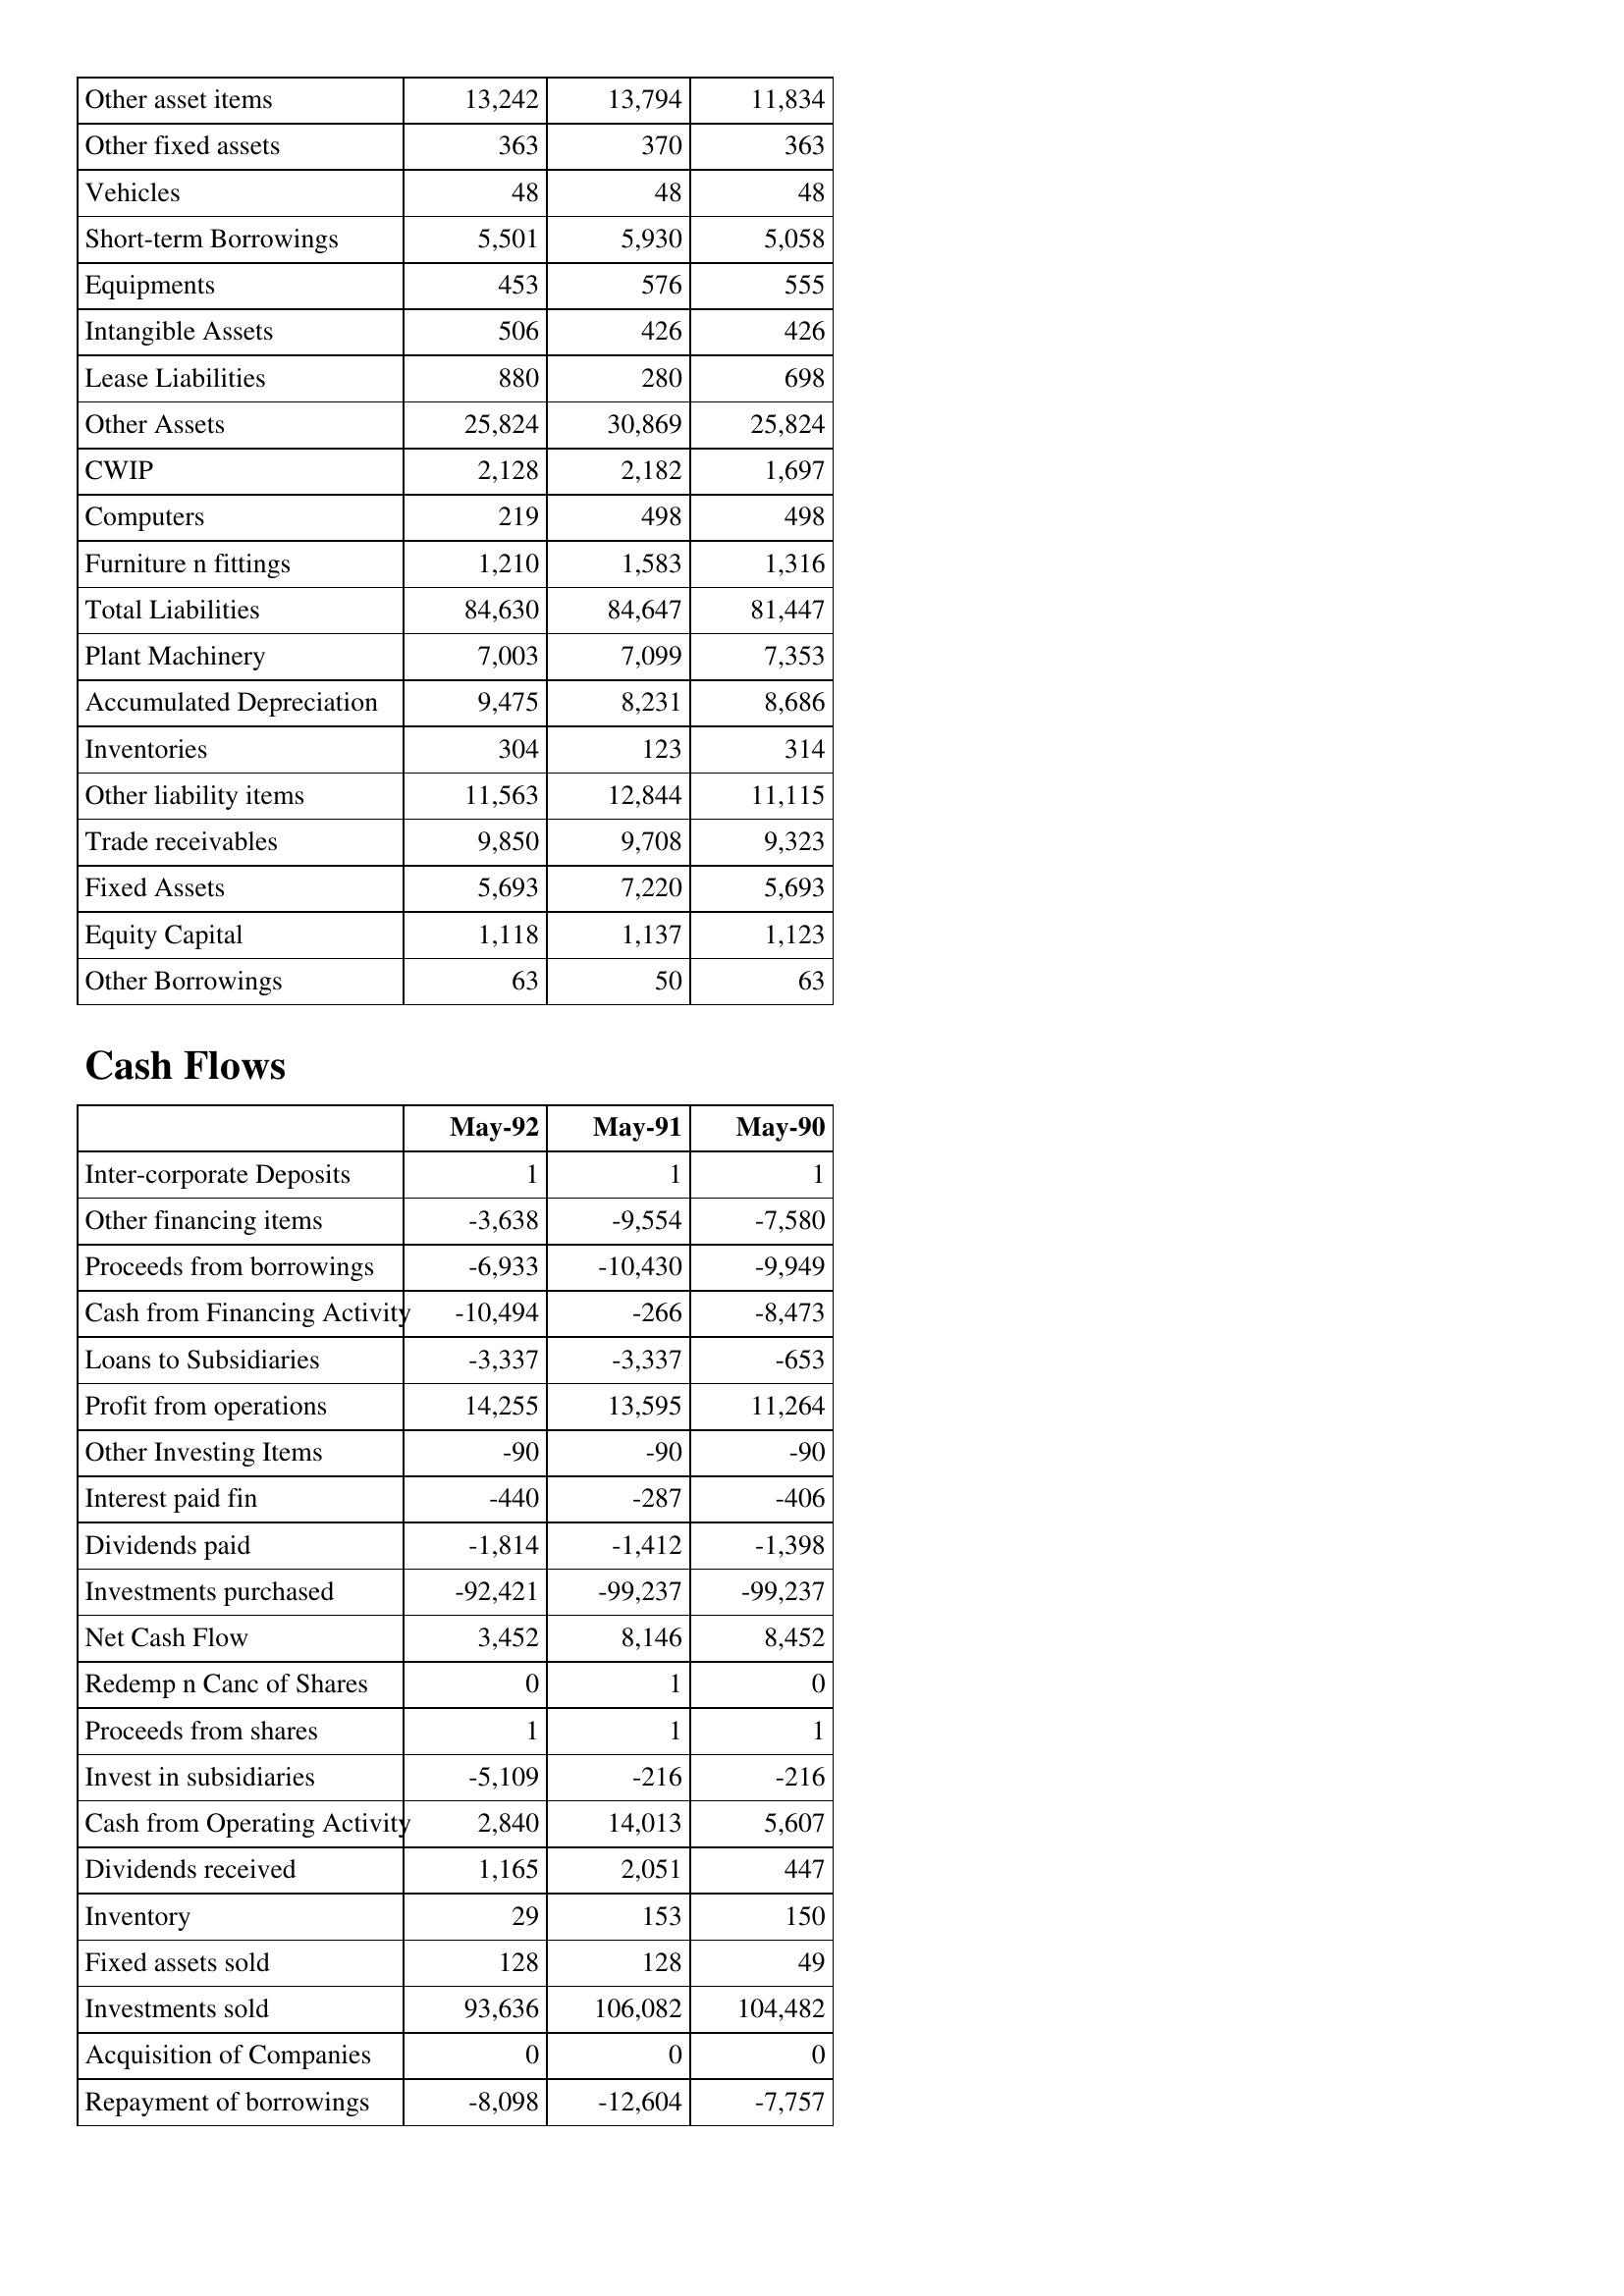
May-92: Balance Sheet: Other asset items: 13,242
Other fixed assets: 363
Vehicles: 48
Short-term Borrowings: 5,501
Equipments: 453
Intangible Assets: 506
Lease Liabilities: 880
Other Assets: 25,824
CWIP: 2,128
Computers: 219
Furniture n fittings: 1,210
Total Liabilities: 84,630
Plant Machinery: 7,003
Accumulated Depreciation: 9,475
Inventories: 304
Other liability items: 11,563
Trade receivables: 9,850
Fixed Assets: 5,693
Equity Capital: 1,118
Other Borrowings: 63
Cash Flows: Inter-corporate Deposits: 1
Other financing items: -3,638
Proceeds from borrowings: -6,933
Cash from Financing Activity: -10,494
Loans to Subsidiaries: -3,337
Profit from operations: 14,255
Other Investing Items: -90
Interest paid fin: -440
Dividends paid: -1,814
Investments purchased: -92,421
Net Cash Flow: 3,452
Redemp n Canc of Shares: 0
Proceeds from shares: 1
Invest in subsidiaries: -5,109
Cash from Operating Activity: 2,840
Dividends received: 1,165
Inventory: 29
Fixed assets sold: 128
Investments sold: 93,636
Acquisition of Companies: 0
Repayment of borrowings: -8,098
May-91: Balance Sheet: Other asset items: 13,794
Other fixed assets: 370
Vehicles: 48
Short-term Borrowings: 5,930
Equipments: 576
Intangible Assets: 426
Lease Liabilities: 280
Other Assets: 30,869
CWIP: 2,182
Computers: 498
Furniture n fittings: 1,583
Total Liabilities: 84,647
Plant Machinery: 7,099
Accumulated Depreciation: 8,231
Inventories: 123
Other liability items: 12,844
Trade receivables: 9,708
Fixed Assets: 7,220
Equity Capital: 1,137
Other Borrowings: 50
Cash Flows: Inter-corporate Deposits: 1
Other financing items: -9,554
Proceeds from borrowings: -10,430
Cash from Financing Activity: -266
Loans to Subsidiaries: -3,337
Profit from operations: 13,595
Other Investing Items: -90
Interest paid fin: -287
Dividends paid: -1,412
Investments purchased: -99,237
Net Cash Flow: 8,146
Redemp n Canc of Shares: 1
Proceeds from shares: 1
Invest in subsidiaries: -216
Cash from Operating Activity: 14,013
Dividends received: 2,051
Inventory: 153
Fixed assets sold: 128
Investments sold: 106,082
Acquisition of Companies: 0
Repayment of borrowings: -12,604
May-90: Balance Sheet: Other asset items: 11,834
Other fixed assets: 363
Vehicles: 48
Short-term Borrowings: 5,058
Equipments: 555
Intangible Assets: 426
Lease Liabilities: 698
Other Assets: 25,824
CWIP: 1,697
Computers: 498
Furniture n fittings: 1,316
Total Liabilities: 81,447
Plant Machinery: 7,353
Accumulated Depreciation: 8,686
Inventories: 314
Other liability items: 11,115
Trade receivables: 9,323
Fixed Assets: 5,693
Equity Capital: 1,123
Other Borrowings: 63
Cash Flows: Inter-corporate Deposits: 1
Other financing items: -7,580
Proceeds from borrowings: -9,949
Cash from Financing Activity: -8,473
Loans to Subsidiaries: -653
Profit from operations: 11,264
Other Investing Items: -90
Interest paid fin: -406
Dividends paid: -1,398
Investments purchased: -99,237
Net Cash Flow: 8,452
Redemp n Canc of Shares: 0
Proceeds from shares: 1
Invest in subsidiaries: -216
Cash from Operating Activity: 5,607
Dividends received: 447
Inventory: 150
Fixed assets sold: 49
Investments sold: 104,482
Acquisition of Companies: 0
Repayment of borrowings: -7,757